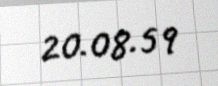
20.08.59